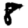
Digit: 8